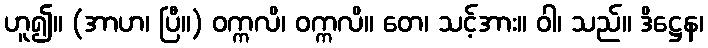
ဟူ၍။ (အာဟ၊ ပြီ။) ဝက္ကလိ၊ ဝက္ကလိ။ တေ၊ သင့်အား။ ဝါ၊ သည်။ ဒိဋ္ဌေန၊